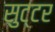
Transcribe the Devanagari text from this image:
सुट्टर